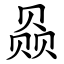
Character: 赑